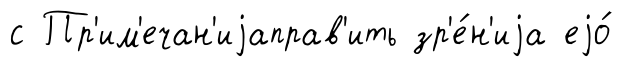
с Пр'им'ечан'иjаправ'ить зр'е́н'иjа еjо́